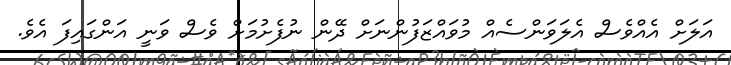
އަލަށް އެއްވެސް އެލަވަންސެއް މުވައްޒަފުންނަށް ދޭން ނުފެށުމަށް ވެސް ވަނީ އަންގައިފަ އެވެ.